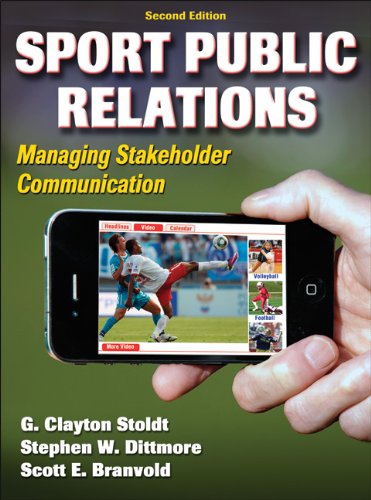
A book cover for Sport Public Relations - 2nd Edition: Managing Stakeholder Communication; G. Clayton Stoldt; Business & Money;